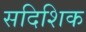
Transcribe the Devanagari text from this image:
सदिशिक